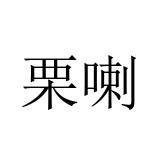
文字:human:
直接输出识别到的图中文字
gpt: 栗喇